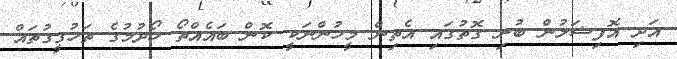
އަދި އޮފިޝަލުން ބުނި ގޮތުގައި އެތިން މީހުންނަކީ ކޮން ބައެއްތޯ ހޯދުމުގެ ތަހުގީގުތައް